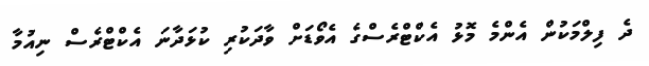
ދެ ފިލްމަކުން އެންމެ މޮޅު އެކްޓްރެސްގެ އެވޯޑަށް ވާދަކުރި ކުޅަދާނަ އެކްޓްރެސް ނިއުމާ